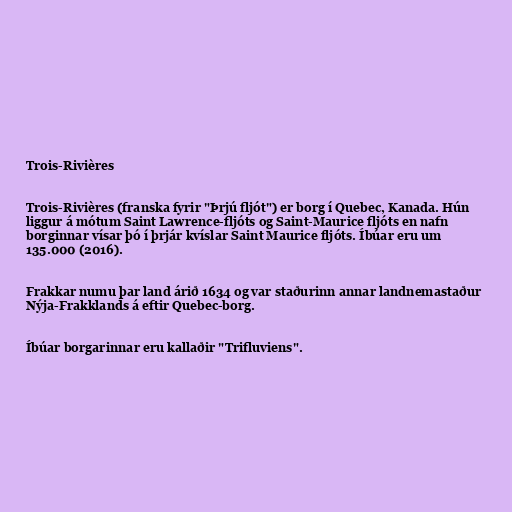
Trois-Rivières

Trois-Rivières (franska fyrir "Þrjú fljót") er borg í Quebec, Kanada. Hún
liggur á mótum Saint Lawrence-fljóts og Saint-Maurice fljóts en nafn
borginnar vísar þó í þrjár kvíslar Saint Maurice fljóts. Íbúar eru um
135.000 (2016).

Frakkar numu þar land árið 1634 og var staðurinn annar landnemastaður
Nýja-Frakklands á eftir Quebec-borg.

Íbúar borgarinnar eru kallaðir "Trifluviens".